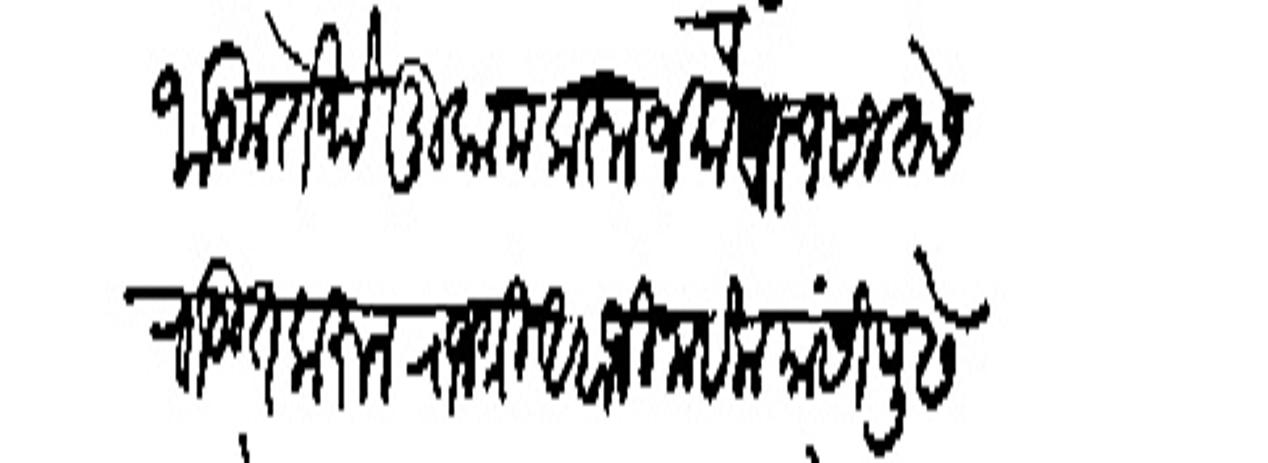
Transliteration (Devanagari): जाऊन तेथे मुकाम करुन जमाव पाच सातसे राऊत करन राजधी अंबाजी नाईक यांसी पुढे